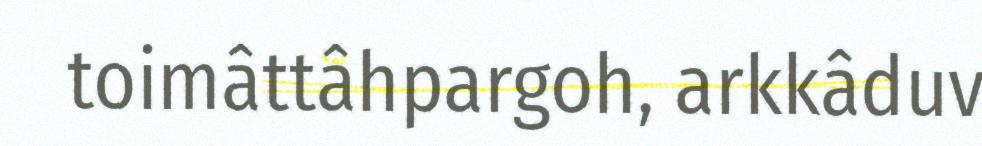
toimâttâhpargoh, arkkâduv